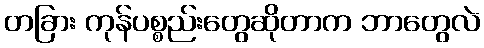
တခြား ကုန်ပစ္စည်းတွေဆိုတာက ဘာတွေလဲ